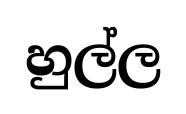
හුල්ල